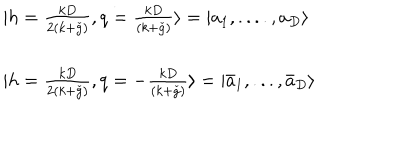
LaTeX: \begin{array} { l } { { | h = \frac { k D } { 2 ( k + \check { g } ) } , q = \frac { k D } { ( k + \check { g } ) } \rangle = | a _ { 1 } , . . . . , a _ { D } \rangle } } \\ { { \ } } \\ { { | h = \frac { k D } { 2 ( k + \check { g } ) } , q = - \frac { k D } { ( k + \check { g } ) } \rangle = | \bar { a } _ { 1 } , . . . , \bar { a } _ { D } \rangle } } \\ \end{array}